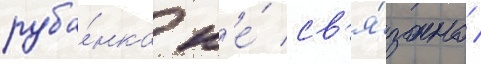
руба́нка н'е́ св'я́зано /